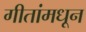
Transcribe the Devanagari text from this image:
गीतांमधून